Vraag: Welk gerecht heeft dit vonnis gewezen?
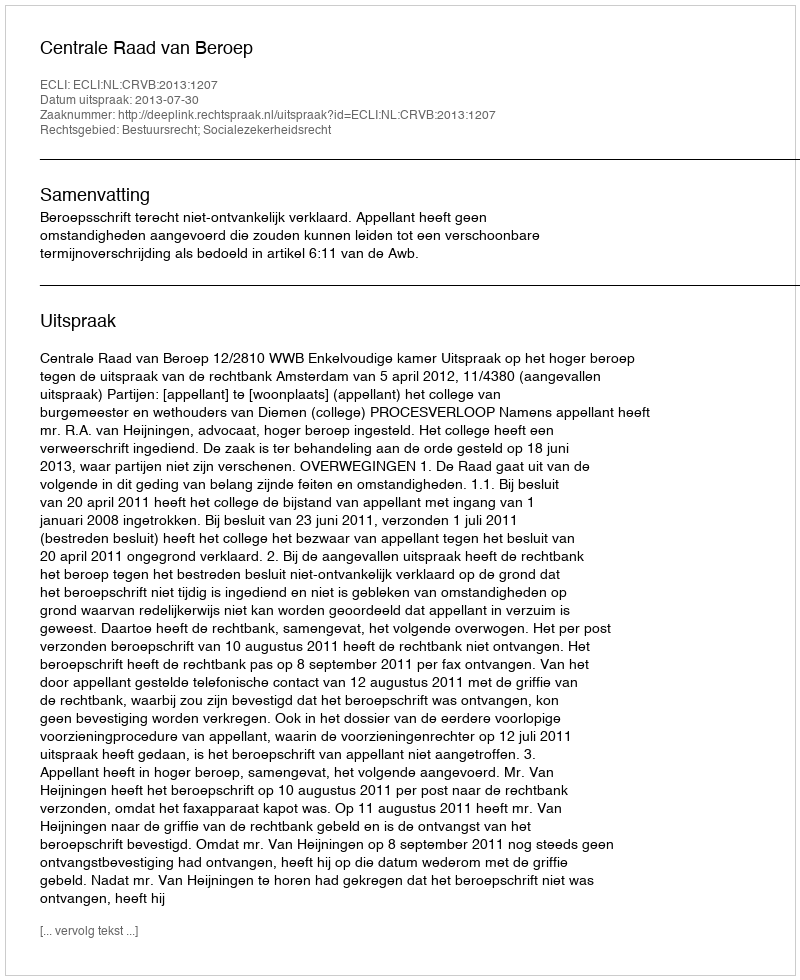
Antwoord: Centrale Raad van Beroep